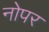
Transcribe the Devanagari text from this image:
नोपर